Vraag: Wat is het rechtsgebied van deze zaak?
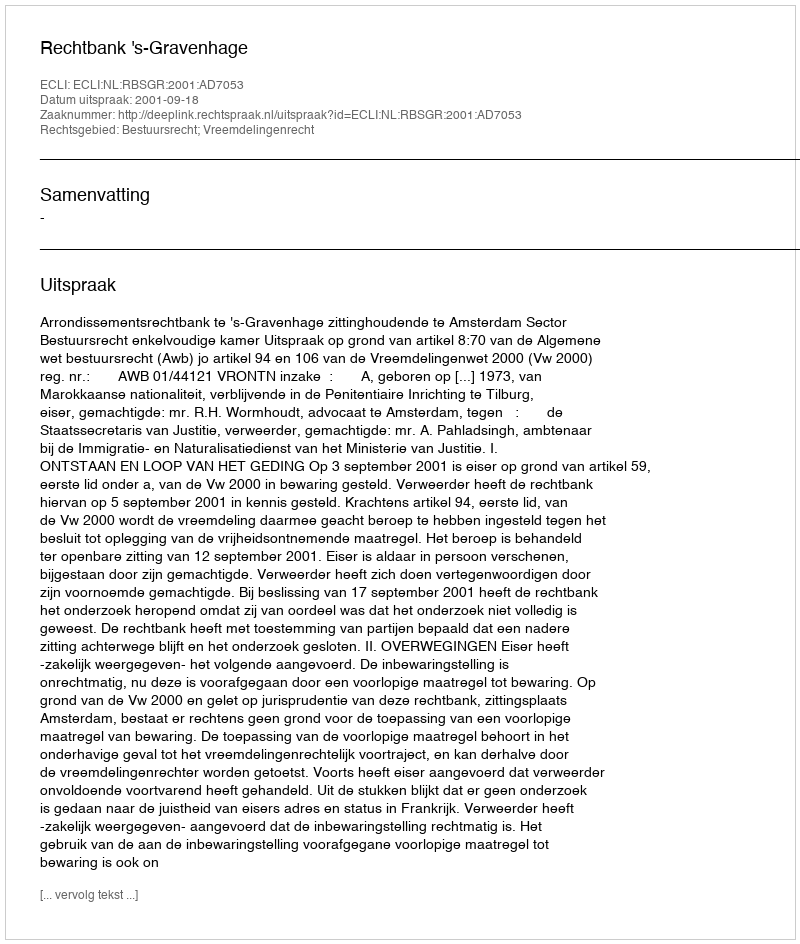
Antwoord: Bestuursrecht; Vreemdelingenrecht